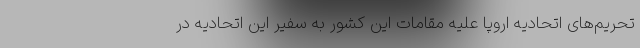
تحریم‌های اتحادیه اروپا علیه مقامات این کشور به سفیر این اتحادیه در